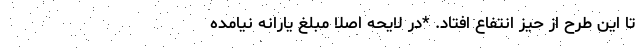
تا این طرح از حیز انتفاع افتاد. *در لایحه اصلا مبلغ یارانه نیامده